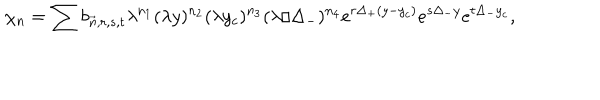
LaTeX: ~ \chi _ { n } = \sum b _ { \vec { n } , r , s , t } \lambda ^ { n _ { 1 } } ( \lambda y ) ^ { n _ { 2 } } ( \lambda y _ { c } ) ^ { n _ { 3 } } ( \lambda / \Delta _ { - } ) ^ { n _ { 4 } } e ^ { r \Delta _ { + } ( y - y _ { c } ) } e ^ { s \Delta _ { - } y } e ^ { t \Delta _ { - } y _ { c } } ,